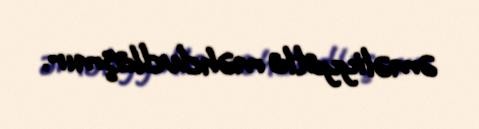
əməliyyatla məhdudlaşmır.